Code of medical and sanitary regulations for the guidance of medical officers serving in the Madras Presidency - Volume I
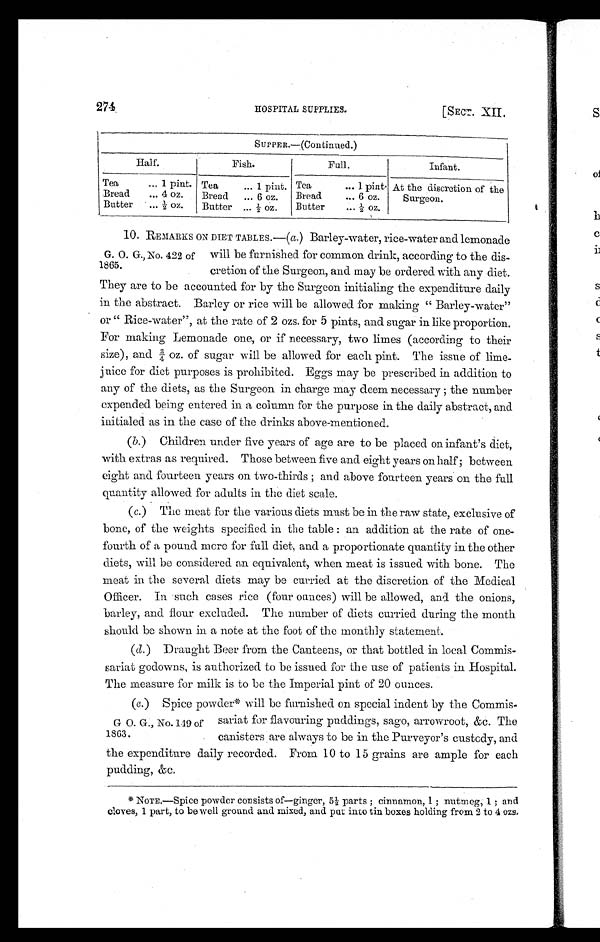
274
HOSPITAL SUPPLIES.
[SECT. XII.
SUPPER.—(Continued.)
Half.
Fish.
Full.
Infant.
Tea
... 1 pint. Tea
... 1 pint. Tea
... 1 pint. At the discretion of the
Surgeon. b
Bread ... 4 oz. Bread ... 6 oz. Bread
... 6 oz.
Butter ...1/2oz. Butter ...½ oz. Butter ... ½ oz.
10. REMARKS ON DIET TABLES.—( a.) Barley-water, rice-water and lemonade
G. O. G., No. 422 of will be furnished for common drink, according to the dis-
1865. cretion of the Surgeon, and may be ordered with any diet.
They are to be accounted for by the Surgeon initialing the expenditure daily
in the abstract. Barley or rice will be allowed for making " Barley-water"
or " Rice-water", at the rate of 2 ozs. for 5 pints, and sugar in like proportion.
For making Lemonade one, or if necessary, two limes (according to their
size), and ¾ oz. of sugar will be allowed for each pint. The issue of lime–
juice for diet purposes is prohibited. Eggs may be prescribed in addition to
any of the diets, as the Surgeon in charge may deem necessary ; the number
expended being entered in a column for the purpose in the daily abstract, and
initialed as in the case of the drinks above-mentioned.
(b.) Children under five years of age are to be placed on infant's diet,
with extras as required. Those between five and eight years on half ; between
eight and fourteen years on two-thirds; and above fourteen years on the full
quantity allowed for adults in the diet scale.
(c.) The meat for the various diets must be in the raw state, exclusive of
bone, of the weights specified in the table : an addition at the rate of one-
fourth of a pound mere for full diet, and a proportionate quantity in the other
diets, will be considered an equivalent, when meat is issued with bone. The
meat in the several diets may be curried at the discretion of the Medical
Officer. In sach cases rice (four ounces) will be allowed, and the onions,
barley, and flour excluded. The number of diets curried during the month
should be shown in a note at the foot of the monthly statement. • •
(d.) Draught Beer from the Canteens, or that bottled in local Commis-
sariat godowns, is authorized to be issued for the use of patients in Hospital.
The measure for milk is to be the Imperial pint of 20 ounces.
(c.) Spice powder* will be furnished on special indent by the Commis-
G 0. G., No. 119 of sariat for flavouring puddings, sago, arrowroot, &c. The
1863. canisters are always to be in the Purveyor's custody, and
the expenditure daily recorded. From 10 to 15 grains are ample for each
pudding, &c.
* N O T E , — S p i c e p o w d e r c o n s i s t s o f — g i n g e r , 5 ½ p a r t s ; c i n n a m o n , 1 ; n u t m e g , 1 ; a n d
cloves, 1 part, to be well ground and mixed, and put into tin boxes holding from 2 to 4 ozs.